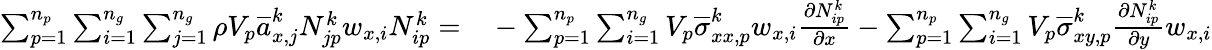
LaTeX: \begin{array}{rl}{\sum_{p=1}^{n_{p}}\sum_{i=1}^{n_{g}}\sum_{j=1}^{n_{g}}\rho V_{p}\overline{{a}}_{x,j}^{k}N_{jp}^{k}w_{x,i}N_{ip}^{k}=}&{{}-\sum_{p=1}^{n_{p}}\sum_{i=1}^{n_{g}}V_{p}\overline{{\sigma}}_{xx,p}^{k}w_{x,i}\frac{\partial N_{ip}^{k}}{\partial x}-\sum_{p=1}^{n_{p}}\sum_{i=1}^{n_{g}}V_{p}\overline{{\sigma}}_{xy,p}^{k}\frac{\partial N_{ip}^{k}}{\partial y}w_{x,i}}\end{array}